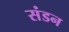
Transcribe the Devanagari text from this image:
संडन